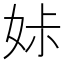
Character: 𡜔